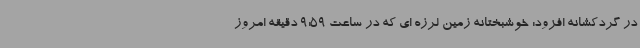
در گردکشانه افزود: خوشبختانه زمین لرزه ای که در ساعت 9:59 دقیقه امروز